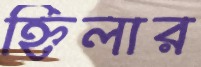
হ্নিলার